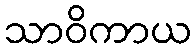
သာဝိကာယ